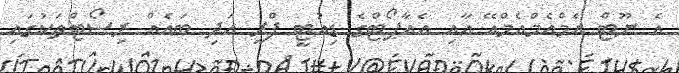
އެ ނޫޓް އެމްއެމްއެމްއޭ އާއި އެއާޕޯޓްގެ ޑިއުޓީ ފްރީ އަދި ބައެއް ރިސޯޓްތަކުގައި